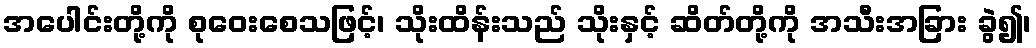
အပေါင်းတို့ကို စုဝေးစေသဖြင့်၊ သိုးထိန်းသည် သိုးနှင့် ဆိတ်တို့ကို အသီးအခြား ခွဲ၍၊